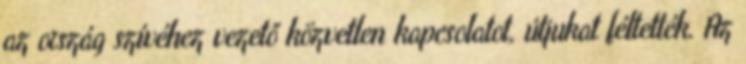
az ország szívéhez vezető közvetlen kapcsolatot, útjukat féltették. Az